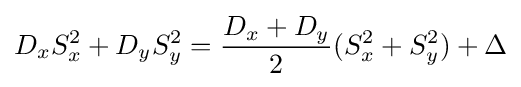
D_{x}S_{x}^{2}+D_{y}S_{y}^{2}={\frac {D_{x}+D_{y}}{2}}(S_{x}^{2}+S_{y}^{2})+\Delta